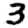
Digit: 3